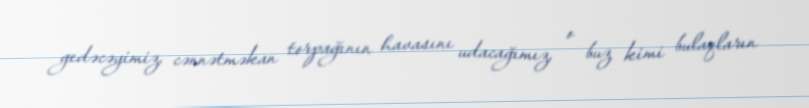
gedəcəyimiz, cənnətməkan torpağının havasını udacağımız, o buz kimi bulaqların